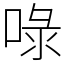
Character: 㖨